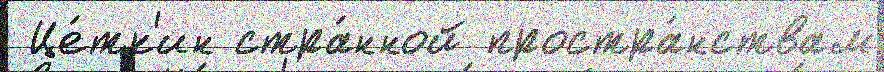
 Це́тк'ин стра́нной простра́нствам